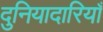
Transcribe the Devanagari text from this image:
दुनियादारियाँ